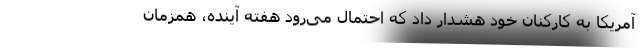
آمریکا به کارکنان خود هشدار داد که احتمال می‌رود هفتهٔ آینده، همزمان